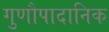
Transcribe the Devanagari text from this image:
गुणौपादानिक